Vaccination report Assam 1874-1896 - 1874-1896
Year: 1874
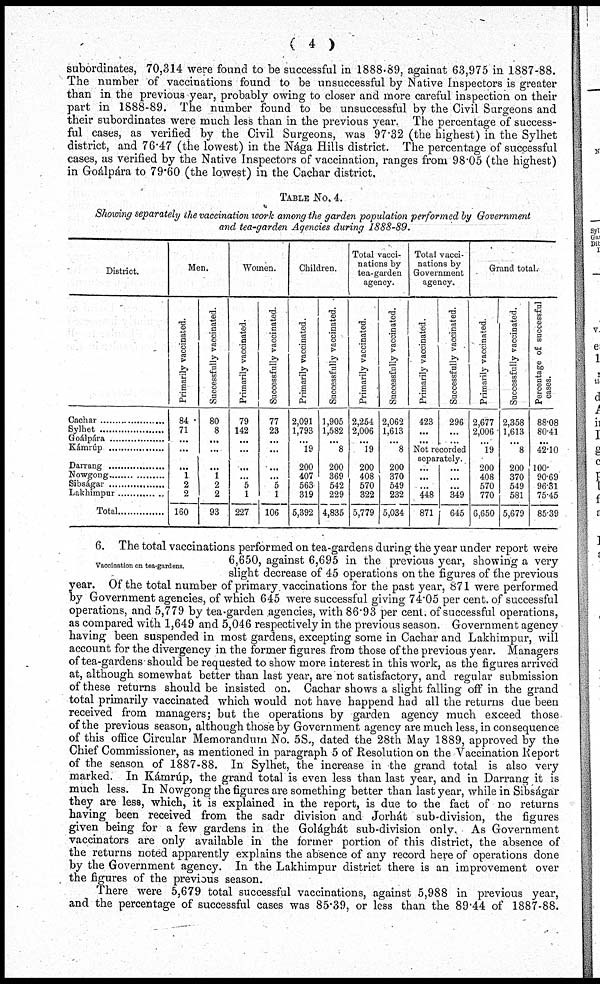
( 4 )
subordinates, 70,314 were found to be successful in 1888-89, againat 63,975 in 1887-88.
The number of vaccinations found to be unsuccessful by Native Inspectors is greater
than in the previous year, probably owing to closer and more careful inspection on their
part in 1888-89. The number found to be unsuccessful by the Civil Surgeons and
their subordinates were much less than in the previous year. The percentage of success-
ful cases, as verified by the Civil Surgeons, was 97.32 (the highest) in the Sylhet
district, and 76.47 (the lowest) in the Nága Hills district. The percentage of successful
cases, as verified by the Native Inspectors of vaccination, ranges from 98.05 (the highest)
in Goálpára to 79.60 (the lowest) in the Cachar district.
TABLE No. 4.
Showing separately the vaccination work among the garden population performed by Government
and tea-garden Agencies during 1888-89.
District.
Cachar .....................
Sylhet .....................
Goálpára ..................
Kámrúp ..................
Darrang ..................
Nowgong ..................
Sibságar ..................
Lakhimpur ...............
Total ...............
Men.
Primarily vaccinated.
84
71
...
...
...
1
2
2
160
Successfully vaccinated.
80
8
...
...
...
1
2
2
93
Women.
Primarily vaccinated.
79
142
...
...
...
...
5
1
227
Successfully vaccinated.
77
23
...
...
...
...
5
1
106
Children.
Primarily vaccinated.
2,091
1,793
... 19
200
407
563
319
5,392
Successfully vaccinated.
1,905
1,582
... 8
200
369
542
229
4,835
Total vacci-
nations by
tea-garden
agency.
Primarily vaccinated.
2,254
2,006
...
19
200
408
570
322
5,779
Successfully vaccinated.
2,062
1,613
... 8
200
370
549
232
5,034
Total vacci-
nations by
Government
agency.
Primarily vaccinated.
423
...
...
Successfully vaccinated.
296
...
...
Not recorded
separately.
...
...
...
448
871
...
...
...
349
645
Grand total.
Primarily vaccinated.
2,677
2,006
... 19
200
408
570
770
6,650
Successfully vaccinated.
2,358
1,613
... 8
200
370
549
581
5,679
Percentage of successful
cases.
88.08
80.41
...
42.10
100.
90.69
96.31
75.45
85.39
Vaccination on tea-gardens.
6. The total vaccinations performed on tea-gardens during the year under report were
6,650, against 6,695 in the previous year, showing a very
slight decrease of 45 operations on the figures of the previous
year. Of the total number of primary vaccinations for the past year, 871 were performed
by Government agencies, of which 645 were successful giving 74.05 per cent. of successful
operations, and 5,779 by tea-garden agencies, with 86.93 per cent. of successful operations,
as compared with 1,649 and 5,046 respectively in the previous season. Government agency
having been suspended in most gardens, excepting some in Cachar and Lakhimpur, will
account for the divergency in the former figures from those of the previous year. Managers
of tea-gardens should be requested to show more interest in this work, as the figures arrived
at, although somewhat better than last year, are not satisfactory, and regular submission
of these returns should be insisted on. Cachar shows a slight falling off in the grand
total primarily vaccinated which would not have happend had all the returns due been
received from managers; but the operations by garden agency much exceed those.
of the previous season, although those by Government agency are much less, in consequence
of this office Circular Memorandum No. 58., dated the 28th May 1889, approved by the
Chief Commissioner, as mentioned in paragraph 5 of Resolution on the Vaccination Report
of the season of 1887-88. In Sylhet, the increase in the grand total is also very
marked. In Kámrúp, the grand total is even less than last year, and in Darrang it is
much less. In Nowgong the figures are something better than last year, while in Sibságar
they are less, which, it is explained in the report, is due to the fact of no returns
having been received from the sadr division and Jorhát sub-division, the figures
given being for a few gardens in the Golághát sub-division only. As Government
vaccinators are only available in the former portion of this district, the absence of
the returns noted apparently explains the absence of any record here of operations done
by the Government agency. In the Lakhimpur district there is an improvement over
the figures of the previous season.
There were 5,679 total successful vaccinations, against 5,988 in previous year,
and the percentage of successful cases was 85.39, or less than the 89.44 of 1887-88.